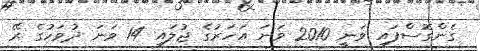
ގެންގޮސްފައި ވަނީ 2010 ވަނަ އަހަރުގެ ޖުލައި 14 ވަނަ ދުވަހުގެ ރޭ